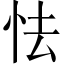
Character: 怯